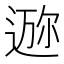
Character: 𱚧